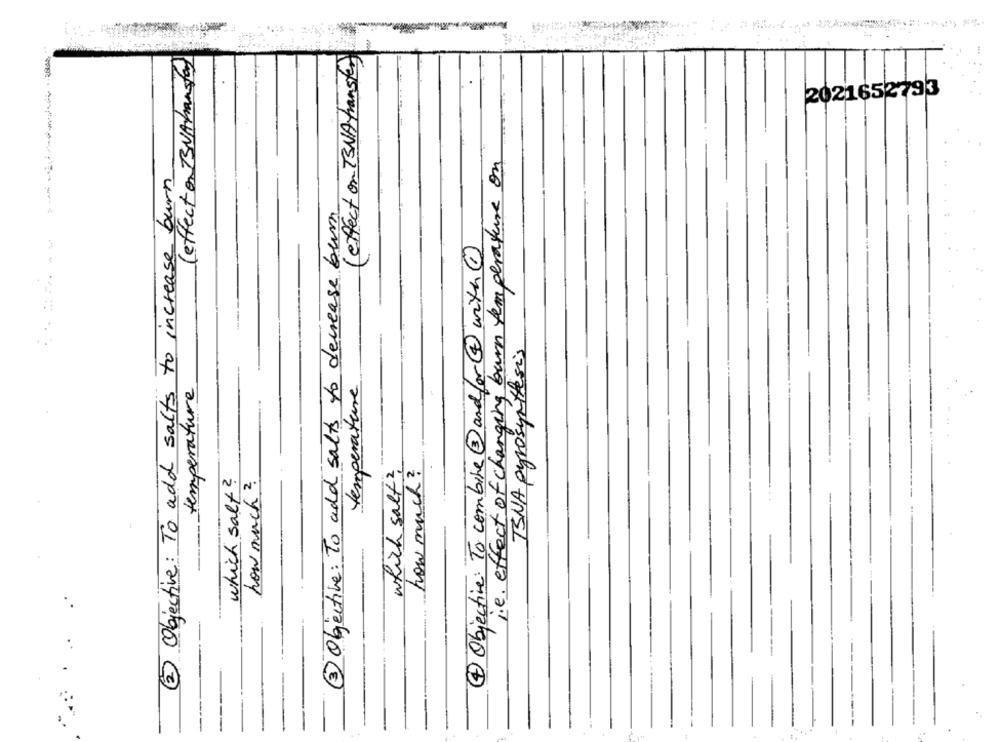
(effect on 73NAtransfer)
( effect on BSNAhansfar)
2021652793
i.e. effect of changing burn temperature on
2 Objective : To add salts to increase burn
2 Objective : To add salts to decrease burn
4 Objective: To combine@andfor@with1
TSNA pyrosynthesis
temperature
temperature
which salt?
how much ?
which salt?
how much ?